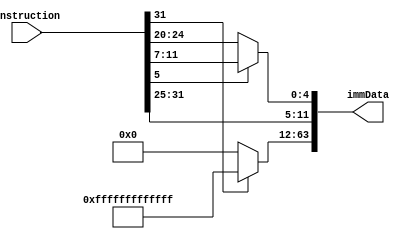
module IDE
  (
  input [31:0] instruction,
  output reg [63:0] immData
  );
  always @ (instruction)
  begin
  if (instruction[6] == 1)
    immData[11:0] <= {instruction[31] , instruction[7] , instruction[30:25] , instruction[11:8]};
    
  if(instruction[5] == 1)
    immData[11:0] <= {instruction[31:25] , instruction[11:7]};
    
  else
    immData[11:0] <= instruction[31:20];
  if (instruction[31] == 0)
    immData[63:12] <= {52{1'b0}};
  else
    immData[63:12] <= {52{1'b1}};
  end
  
endmodule